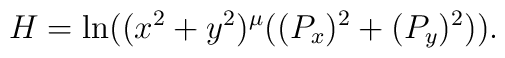
H = \ln((x^2+y^2)^\mu ((P_x)^2 + (P_y)^2)).